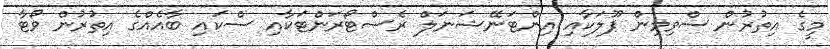
މީގެ އިތުރުން ސްވިމިން ޕޫލަކާއި އިންޓަނޭޝަނަލް ރެސްޓޯރަންޓަކާއި ސްކައި ބާއެއްގެ އިތުރުން ވޯޓާ